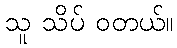
သူ သိပ် ဝတယ်။